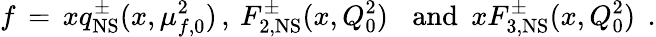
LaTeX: f\, =\, xq_{\mathrm{NS}}^{\pm}(x,\mu_{f,0}^{2})\, ,\: F_{2,\mathrm{NS}}^{\pm}(x,Q_{0}^{2})\, \: \: \mathrm{~and~}\: xF_{3,\mathrm{NS}}^{\pm}(x,Q_{0}^{2})\: \: .